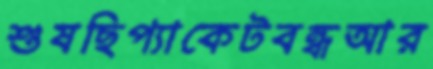
শুষছিপ্যাকেটবন্ধআর